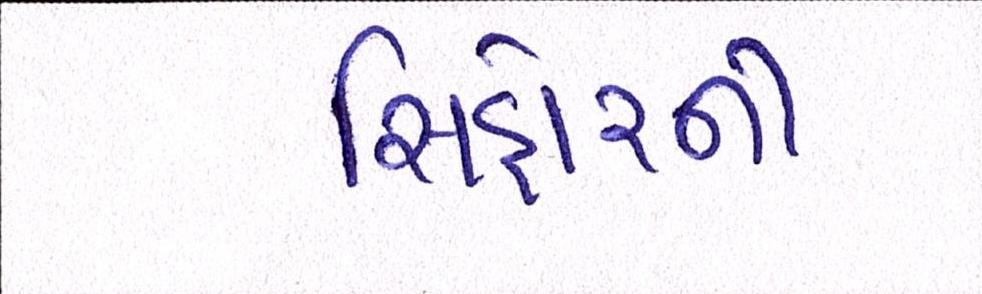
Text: સિહોરની